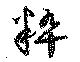
粋